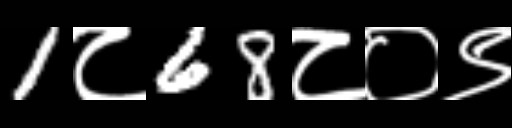
Text: 1८68८०९